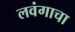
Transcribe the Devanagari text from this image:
लवंगाचा